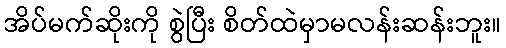
အိပ်မက်ဆိုးကို စွဲပြီး စိတ်ထဲမှာမလန်းဆန်းဘူး။